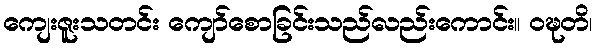
ကျေးဇူးသတင်း ကျော်စောခြင်းသည်လည်းကောင်း။ ဝဍ္ဎတိ၊